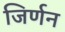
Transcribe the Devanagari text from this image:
जिर्णन